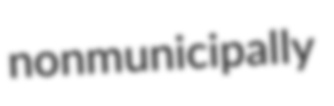
nonmunicipally